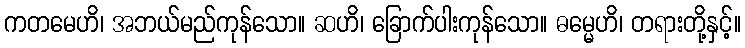
ကတမေဟိ၊ အဘယ်မည်ကုန်သော။ ဆဟိ၊ ခြောက်ပါးကုန်သော။ ဓမ္မေဟိ၊ တရားတို့နှင့်။